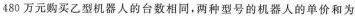
480万元购买乙型机器人的台数相同，两种型号的机器人的单价和为